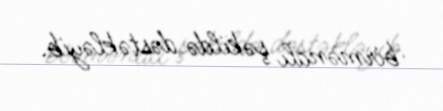
birmənalı şəkildə dəstəkləyib.